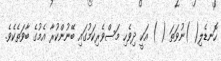
ހޮނޑެލި( )ނުވަތަ ( ) އަކީ ދިވެހި މަސްވެރިކަމުގައި ބޭނުންކުރާ އެމުގެ ބާވަތެކެވެ.